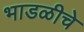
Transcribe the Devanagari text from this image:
भाडळीचे